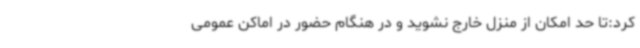
کرد:تا حد امکان از منزل خارج نشوید و در هنگام حضور در اماکن عمومی